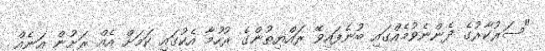
"ސަރުކާރުގެ ދެންނެވުމެއްގައި ބުނެފައިވޭ ރައްޔިތުންގެ ރުހުމާ އެކުގައި ކަމަށް އެއް ރަށުން އަނެއް